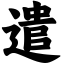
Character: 遣